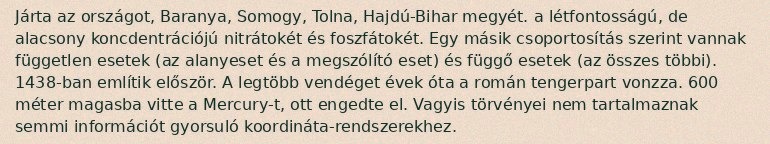
Járta az országot, Baranya, Somogy, Tolna, Hajdú-Bihar megyét. a létfontosságú, de alacsony koncdentrációjú nitrátokét és foszfátokét. Egy másik csoportosítás szerint vannak független esetek (az alanyeset és a megszólító eset) és függő esetek (az összes többi). 1438-ban említik először. A legtöbb vendéget évek óta a román tengerpart vonzza. 600 méter magasba vitte a Mercury-t, ott engedte el. Vagyis törvényei nem tartalmaznak semmi információt gyorsuló koordináta-rendszerekhez.